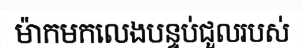
ម៉ាកមកលេងបន្ទប់ជួលរបស់